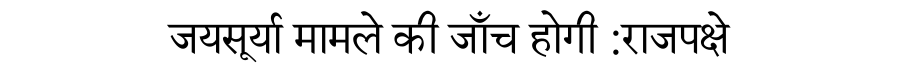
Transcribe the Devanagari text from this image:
जयसूर्या मामले की जाँच होगी :राजपक्षे